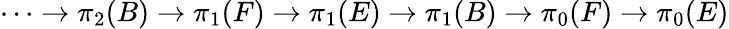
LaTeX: \dots\to\pi_{2}(B)\to\pi_{1}(F)\to\pi_{1}(E)\to\pi_{1}(B)\to\pi_{0}(F)\to\pi_{0}(E)